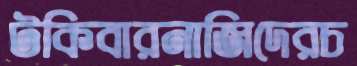
টকিবারনাজিদেরচ